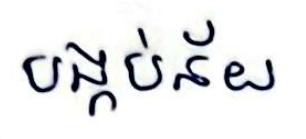
បង្កប់ន័យ